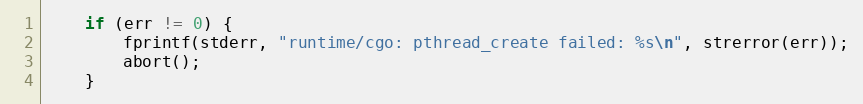
Language: C
	if (err != 0) {
		fprintf(stderr, "runtime/cgo: pthread_create failed: %s\n", strerror(err));
		abort();
	}